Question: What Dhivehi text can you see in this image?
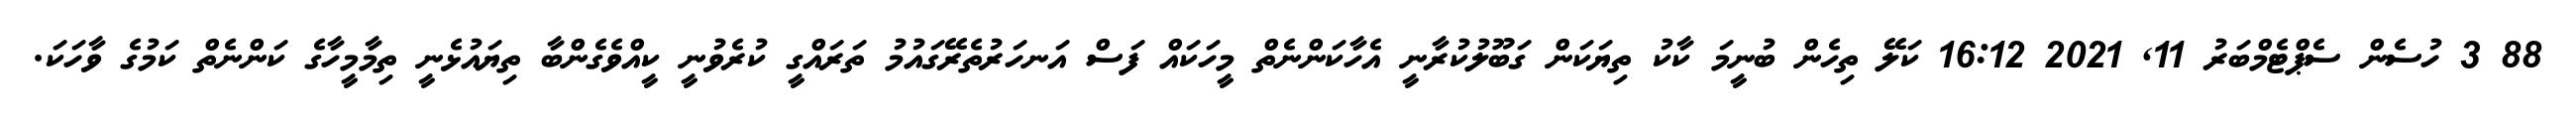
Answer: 88 3 ހުސެން ސެޕްޓެމްބަރު 11, 2021 16:12 ކަލޭ ތިހެން ބުނީމަ ކާކު ތިޔަކަން ގަބޫލުކުރާނީ އެހާކަންނެތް މީހަކައް ފަސް އަނހަރުތެރޭގައުމު ތަރައްގީ ކުރެވުނީ ކީއްވެގެންބާ ތިޔައުޅެނީ ތިމާމީހާގެ ކަންނެތް ކަމުގެ ވާހަކަ.